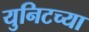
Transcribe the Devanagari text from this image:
युनिटच्या